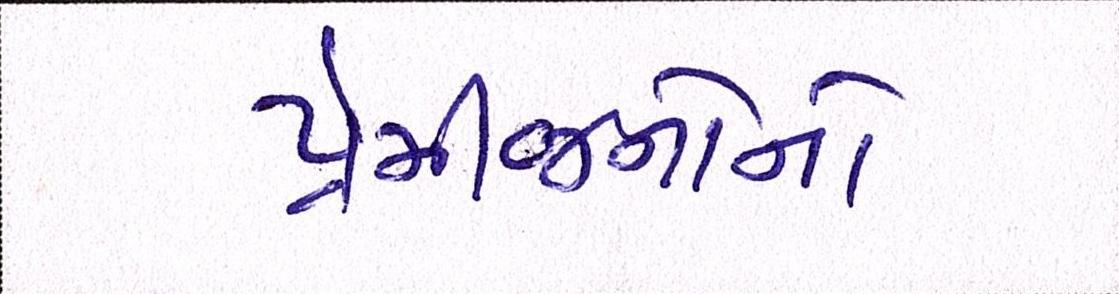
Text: પ્રેમીજનોનો